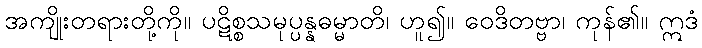
အကျိုးတရားတို့ကို။ ပဋိစ္စသမုပ္ပန္နဓမ္မာတိ၊ ဟူ၍။ ဝေဒိတဗ္ဗာ၊ ကုန်၏။ ဣဒံ